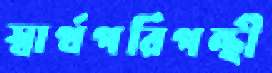
স্বার্থপরিপন্থী